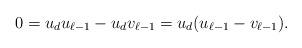
LaTeX: \begin{align*}0 = u_du_{\ell-1} - u_dv_{\ell-1} = u_d(u_{\ell-1}-v_{\ell-1}).\end{align*}